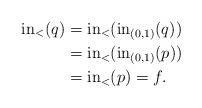
LaTeX: \begin{align*}\mathrm{in}_<(q) &= \mathrm{in}_<(\mathrm{in}_{(0,1)}(q))\\&= \mathrm{in}_<(\mathrm{in}_{(0,1)}(p))\\&= \mathrm{in}_<(p) =f.\end{align*}